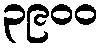
၃၉၀၀